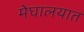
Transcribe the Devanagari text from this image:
मेघालयात